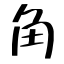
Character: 角